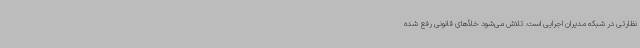
نظارتی در شبکه مدیران اجرایی است. تلاش می‌شود خلأ‌های قانونی رفع شده